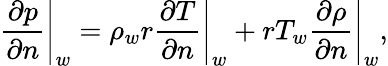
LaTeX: \left.\frac{\partial p}{\partial n}\right|_{w}=\rho_{w}r\left.\frac{\partial T}{\partial n}\right|_{w}+rT_{w}\left.\frac{\partial\rho}{\partial n}\right|_{w},